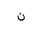
Letter: _non